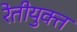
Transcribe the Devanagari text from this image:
रेतीयुक्त